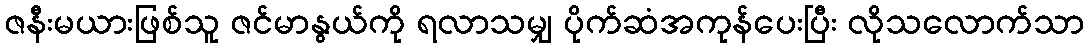
ဇနီးမယားဖြစ်သူ ဇင်မာနွယ်ကို ရလာသမျှ ပိုက်ဆံအကုန်ပေးပြီး လိုသလောက်သာ